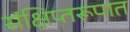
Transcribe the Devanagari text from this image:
संक्षिप्तरूपात